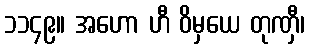
၁၁၄၉။ အဟော ဟီ ဝိမှယေ တုဏှီ၊